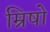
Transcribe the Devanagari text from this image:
म्रिषो